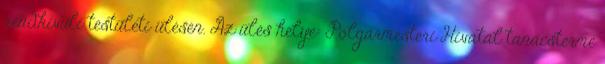
rendkívüli testületi ülésén. Az ülés helye: Polgármesteri Hivatal tanácsterme